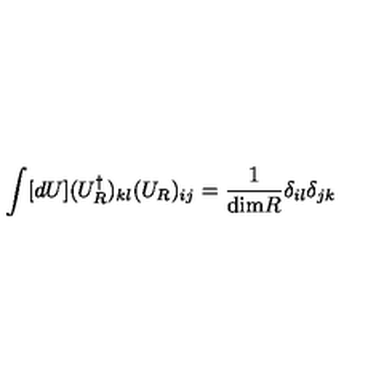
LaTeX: \int [ d U ] ( U _ { R } ^ { \dagger } ) _ { k l } ( U _ { R } ) _ { i j } = \frac { 1 } { \mathrm { d i m } R } \delta _ { i l } \delta _ { j k }